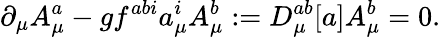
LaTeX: \partial_{\mu}A_{\mu}^{a}-gf^{abi}a_{\mu}^{i}A_{\mu}^{b}:=D_{\mu}^{ab}[a]A_{\mu}^{b}=0.